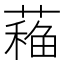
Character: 𦼁